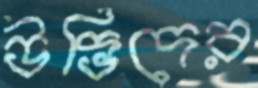
উদ্ভিদের